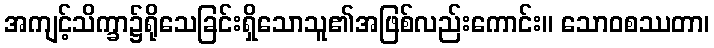
အကျင့်သိက္ခာ၌ရိုသေခြင်းရှိသောသူ၏အဖြစ်လည်းကောင်း။ သောဝစဿတာ၊